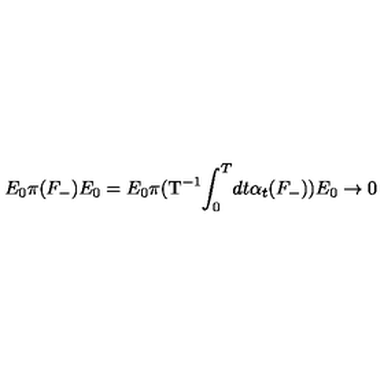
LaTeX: E _ { 0 } \pi ( { F } _ { - } ) E _ { 0 } = E _ { 0 } \pi ( \mathrm { T ^ { - 1 } } \! \int _ { 0 } ^ { T } \! d t \alpha _ { t } ( F _ { - } ) ) E _ { 0 } \rightarrow 0